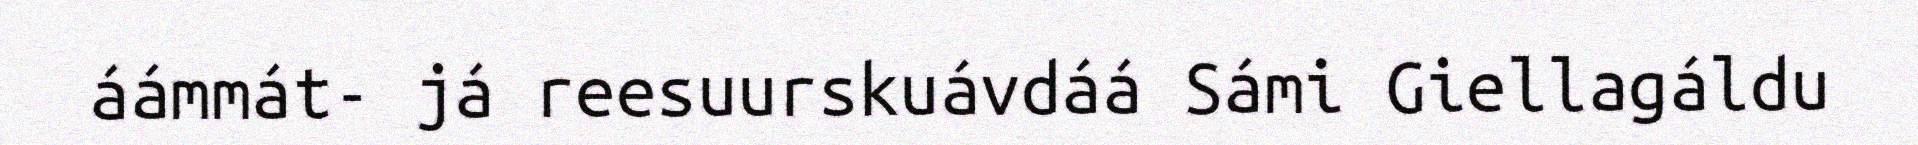
áámmát- já reesuurskuávdáá Sámi Giellagáldu